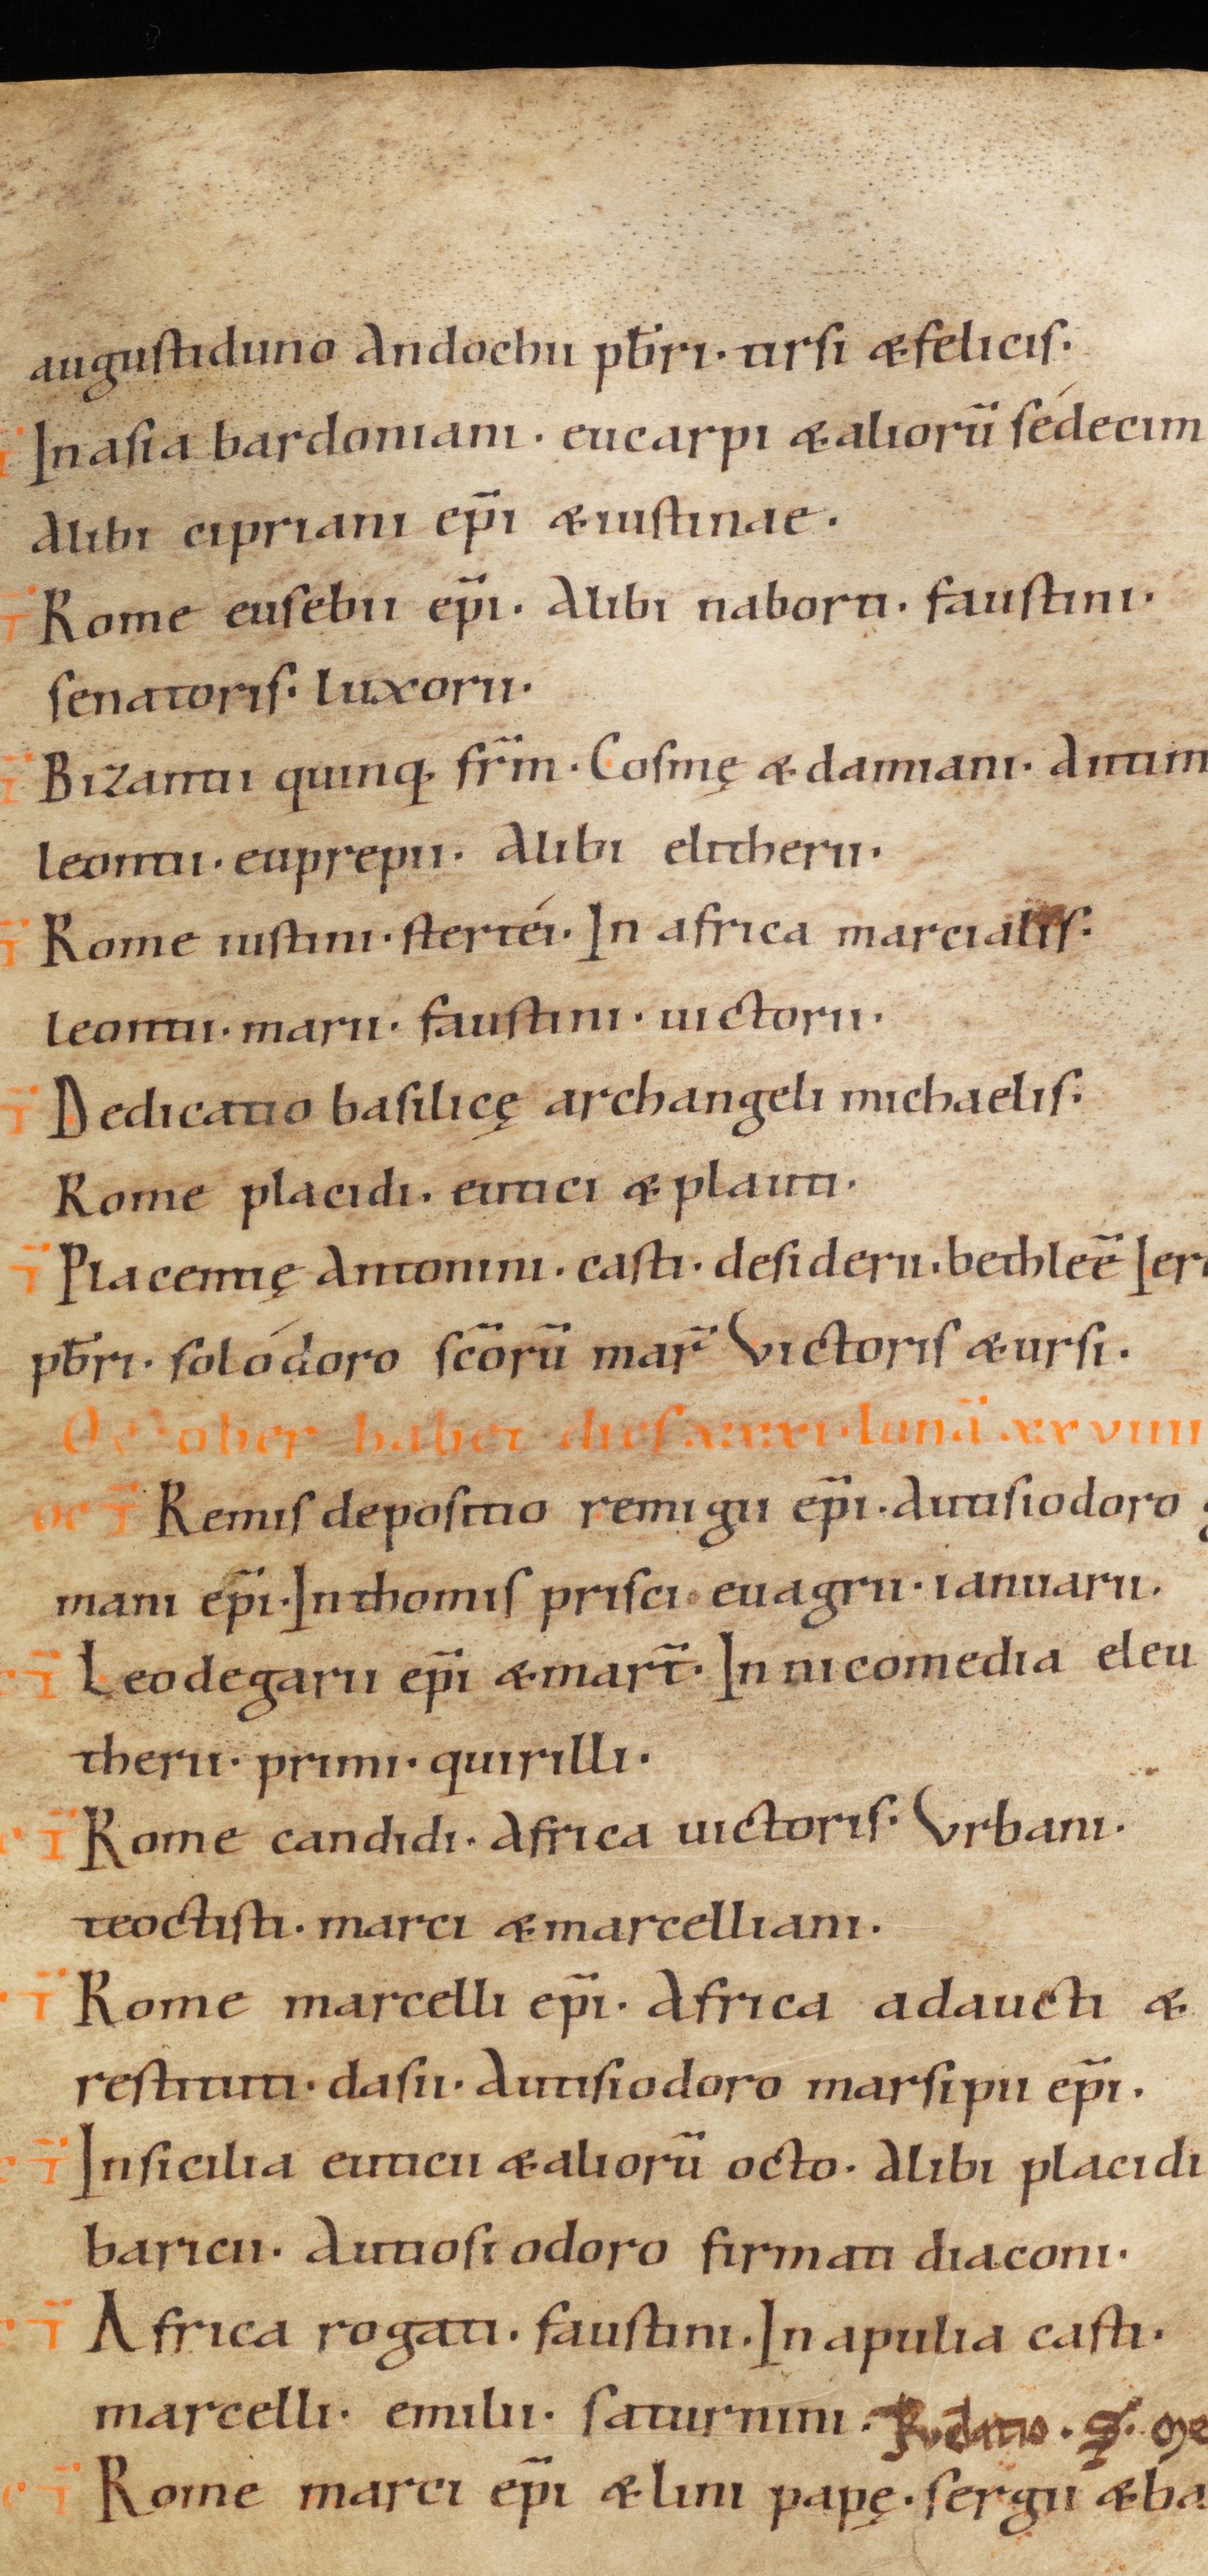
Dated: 1070–1099